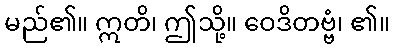
မည်၏။ ဣတိ၊ ဤသို့။ ဝေဒိတဗ္ဗံ၊ ၏။